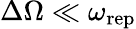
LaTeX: \Delta\Omega\ll\omega_{\mathrm{rep}}